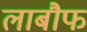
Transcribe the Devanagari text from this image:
लाबौफ